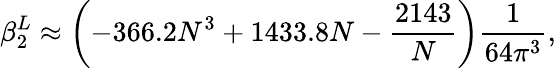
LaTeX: \beta_{2}^{L}\approx\left(-366.2N^{3}+1433.8N-\frac{2143}{N}\right)\frac{1}{64\pi^{3}},